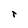
Character: T